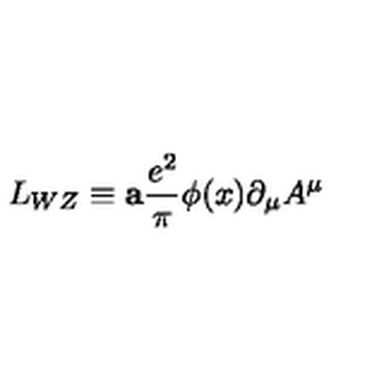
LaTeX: L _ { W Z } \equiv { \bf a } { \frac { e ^ { 2 } } { \pi } } \phi ( x ) \partial _ { \mu } A ^ { \mu }